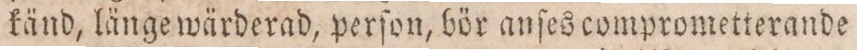
känd, länge wärderad, perſon, bör anſes comprometterande